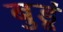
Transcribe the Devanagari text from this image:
बुडूं